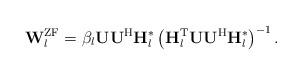
LaTeX: \begin{align*}\mathbf{W}^{\mathrm{ZF}}_l = \beta_l \mathbf{U} \mathbf{U}^\mathrm{H} \mathbf{H}_l^*\left(\mathbf{H}_l^\mathrm{T} \mathbf{U} \mathbf{U}^\mathrm{H} \mathbf{H}_l^* \right)^{-1}.\end{align*}